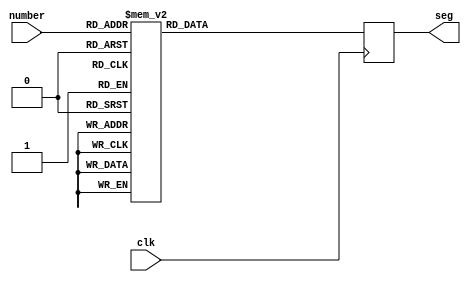
`timescale 1ns / 1ps
//////////////////////////////////////////////////////////////////////////////////
// Company: 
// Engineer: 
// 
// Design Name: 
// Module Name: segnum
// Project Name: 
// Target Devices: 
// Tool Versions: 
// Description: 
// 
// Dependencies: 
// 
// Revision:
// Revision 0.01 - File Created
// Additional Comments:
// 
//////////////////////////////////////////////////////////////////////////////////
`timescale 1ns / 1ps

module segnum (
    input clk,
    input [3:0] number,
    output reg [6:0] seg = 0
    );
    
    parameter [6:0] p0 = 'b1000000;
    parameter [6:0] p1 = 'b1111001;
    parameter [6:0] p2 = 'b0100100;
    parameter [6:0] p3 = 'b0110000;
    parameter [6:0] p4 = 'b0011001;
    parameter [6:0] p5 = 'b0010010;
    parameter [6:0] p6 = 'b0000010;
    parameter [6:0] p7 = 'b1111000;
    parameter [6:0] p8 = 'b0000000;
    parameter [6:0] p9 = 'b0010000;
    parameter [6:0] pa = 'b0001000;
    parameter [6:0] pb = 'b0000011;
    parameter [6:0] pc = 'b1000110;
    parameter [6:0] pd = 'b0100001;
    parameter [6:0] pe = 'b0000110;
    parameter [6:0] pf = 'b0001110;
    parameter [6:0] pp = 'b1111101;
        
    always @ (posedge clk)
        case (number)
            'h0: seg <= p0;
            'h1: seg <= p1;
            'h2: seg <= p2;
            'h3: seg <= p3;
            'h4: seg <= p4;
            'h5: seg <= p5;
            'h6: seg <= p6;
            'h7: seg <= p7;
            'h8: seg <= p8;            
            'h9: seg <= p9;            
            'hA: seg <= pa;            
            'hB: seg <= pb;            
            'hC: seg <= pc;            
            'hD: seg <= pd;            
            'hE: seg <= pe;            
            'hF: seg <= pf;          
        endcase

        
endmodule